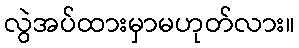
လွဲအပ်ထားမှာမဟုတ်လား။